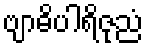
ဗျာဓိပါရိဇုညံ